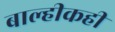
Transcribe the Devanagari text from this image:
बाल्हीकही